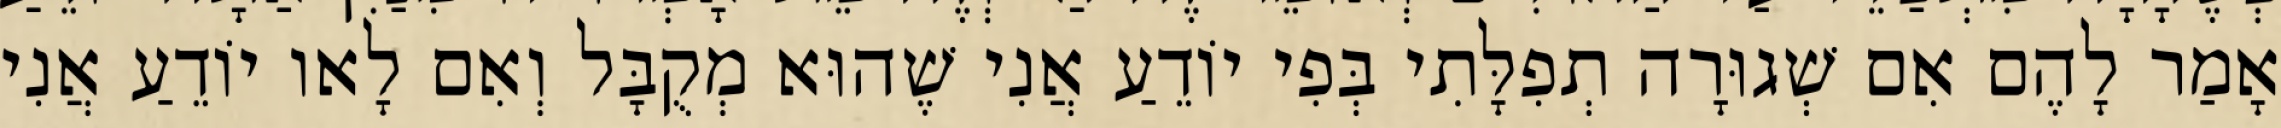
אָמַר לָהֶם אִם שְׁגוּרָה תְפִלָּתִי בְּפִי יוֹדֵעַ אֲנִי שֶׁהוּא מְקֻבָּל וְאִם לָאו יוֹדֵעַ אֲנִי